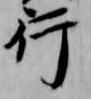
行